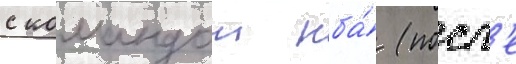
с командои нба́ (посл'е